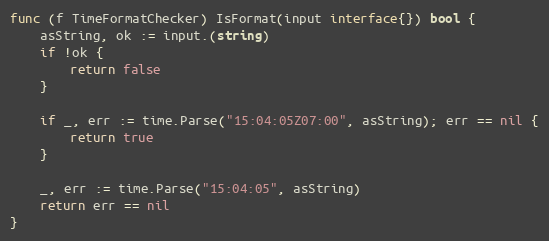
Language: Go
func (f TimeFormatChecker) IsFormat(input interface{}) bool {
	asString, ok := input.(string)
	if !ok {
		return false
	}

	if _, err := time.Parse("15:04:05Z07:00", asString); err == nil {
		return true
	}

	_, err := time.Parse("15:04:05", asString)
	return err == nil
}